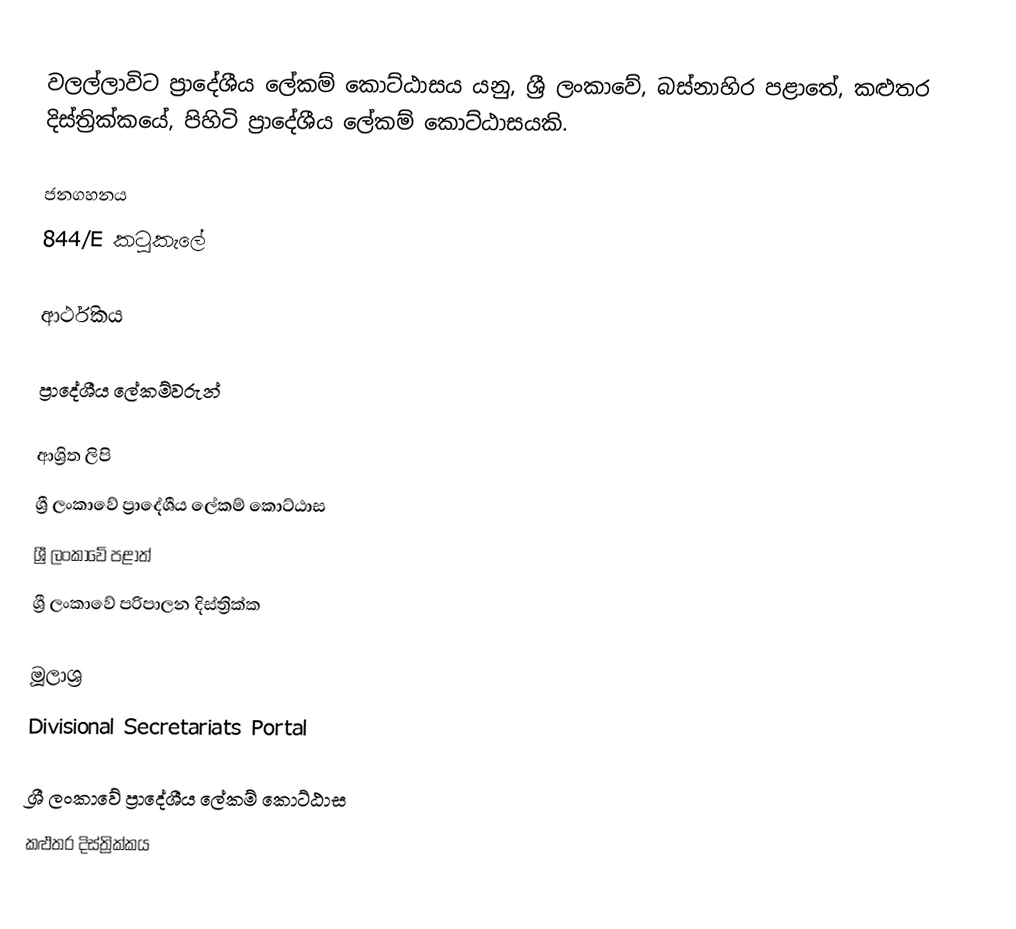
වලල්ලාවිට ප්‍රාදේශීය ලේකම් කොට්ඨාසය යනු,  ශ්‍රී ලංකාවේ, බස්නාහිර පළාතේ,   කළුතර දිස්ත්‍රික්කයේ, පිහිටි ප්‍රාදේශීය ලේකම් කොට්ඨාසයකි.

ජනගහනය
844/E  කටුකැලේ

ආර්ථිකය

ප්‍රාදේශීය ලේකම්වරුන්

ආශ්‍රිත ලිපි
ශ්‍රී ලංකාවේ ප්‍රාදේශීය ලේකම් කොට්ඨාස
ශ්‍රී ලංකාවේ පළාත්
ශ්‍රී ලංකාවේ පරිපාලන දිස්ත්‍රික්ක

මූලාශ්‍ර
 Divisional Secretariats Portal

ශ්‍රී ලංකාවේ ප්‍රාදේශීය ලේකම් කොට්ඨාස
කළුතර දිස්ත්‍රික්කය